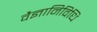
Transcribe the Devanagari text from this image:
वैज्ञानिविधि